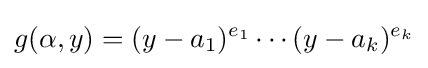
g(\alpha ,y)=(y-a_{1})^{e_{1}}\cdots (y-a_{k})^{e_{k}}